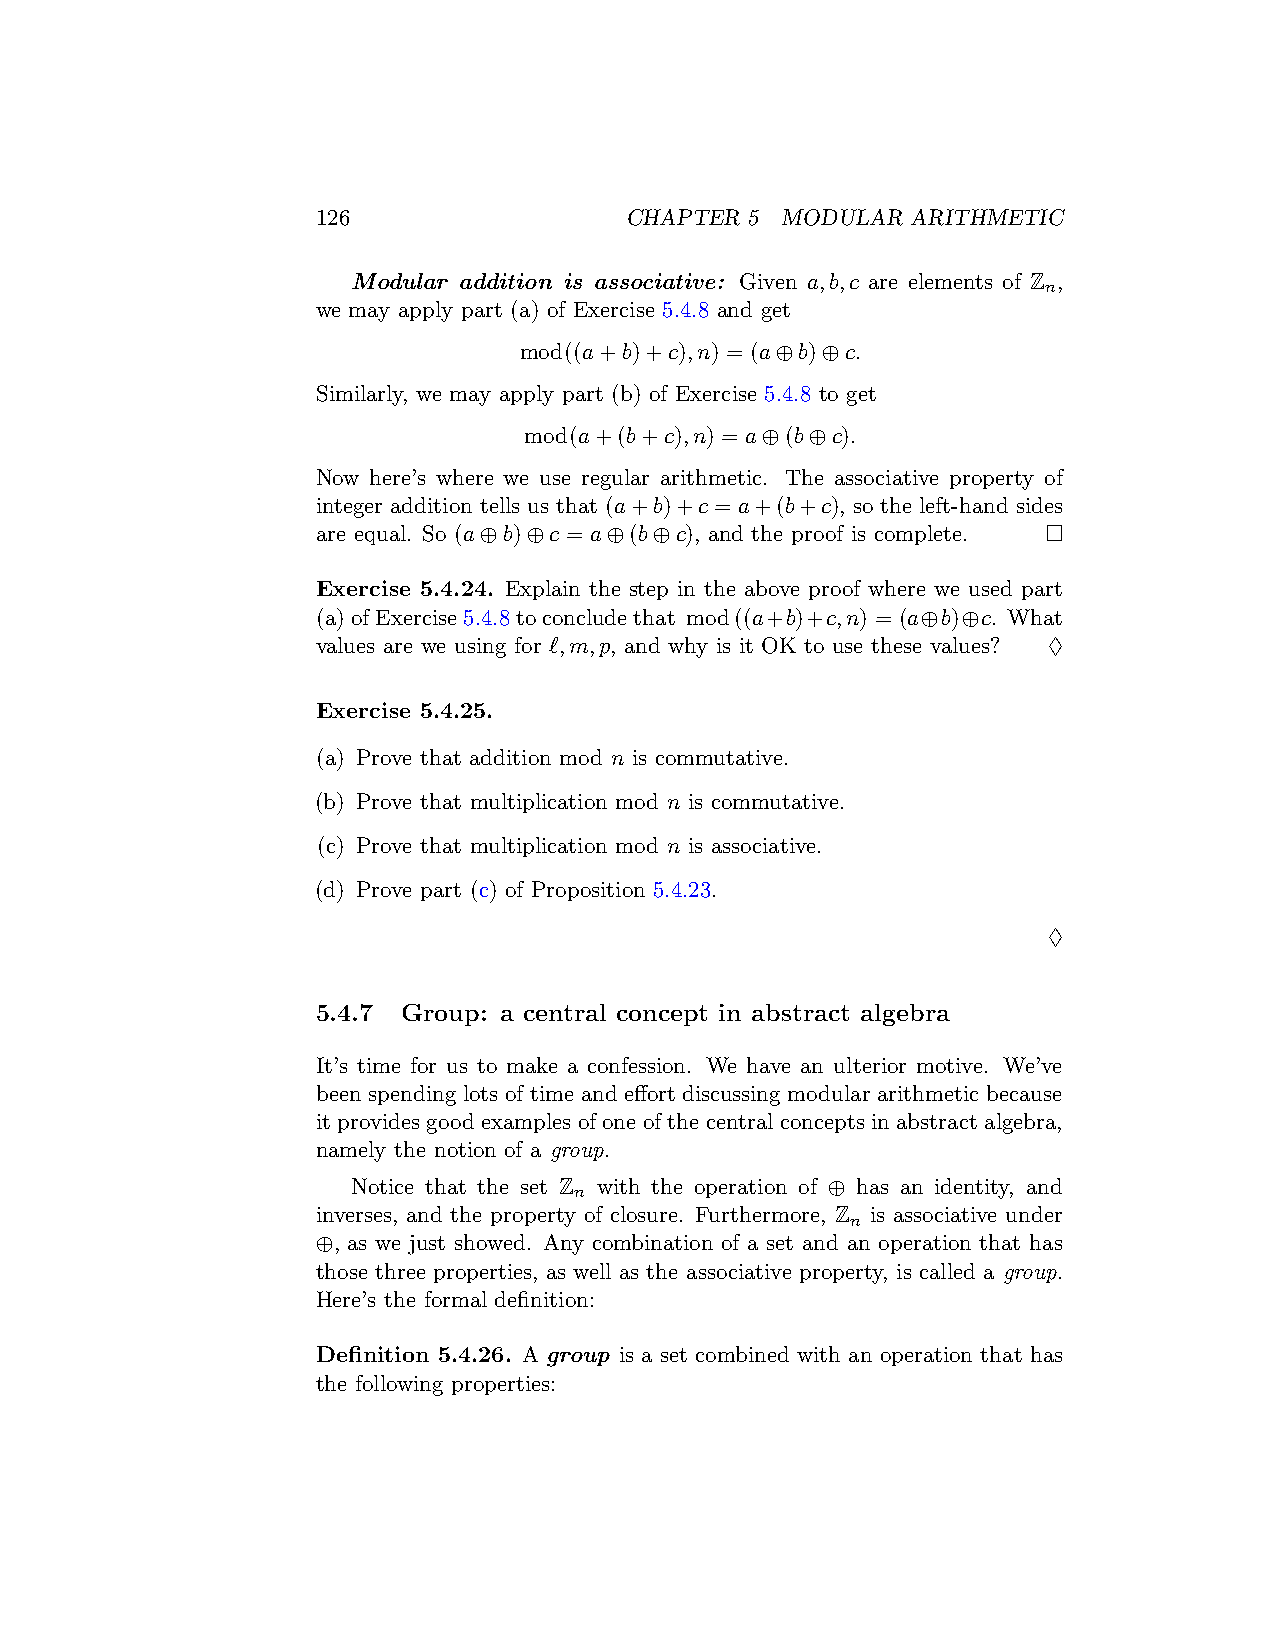
126                 CHAPTER  5 MODULAR ARITHMETIC
 Modular addition is associative: Given a,b,c are elements of Z ,
 n
 we may apply part (a) of Exercise 5.4.8 and get
 mod((a+b)+c),n) = (a⊕b)⊕c.
 Similarly, we may apply part (b) of Exercise 5.4.8 to get
 mod(a+(b+c),n) = a⊕(b⊕c).
 Now here’s where we use regular arithmetic. The associative property of
 integer addition tells us that (a+b)+c = a+(b+c), so the left-hand sides
 are equal. So (a⊕b)⊕c = a⊕(b⊕c), and the proof is complete. □
 Exercise 5.4.24. Explain the step in the above proof where we used part
 (a)ofExercise5.4.8toconcludethat mod((a+b)+c,n) = (a⊕b)⊕c. What
 values are we using for ℓ,m,p, and why is it OK to use these values? ♢
 Exercise 5.4.25.
 (a) Prove that addition mod n is commutative.
 (b) Prove that multiplication mod n is commutative.
 (c) Prove that multiplication mod n is associative.
 (d) Prove part (c) of Proposition 5.4.23.
 ♢
 5.4.7 Group: a central concept in abstract algebra
 It’s time for us to make a confession. We have an ulterior motive. We’ve
 been spending lots of time and effort discussing modular arithmetic because
 it provides good examples of one of the central concepts in abstract algebra,
 namely the notion of a group.
 Notice that the set Z with the operation of ⊕ has an identity, and
 n
 inverses, and the property of closure. Furthermore, Z is associative under
 n
 ⊕, as we just showed. Any combination of a set and an operation that has
 those three properties, as well as the associative property, is called a group.
 Here’s the formal definition:
 Definition 5.4.26. A group is a set combined with an operation that has
 the following properties: